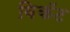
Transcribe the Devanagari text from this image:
विकॅट